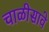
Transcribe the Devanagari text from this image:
चाळीसावे